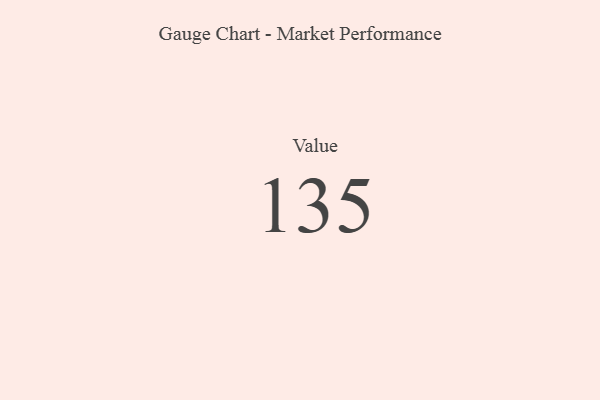
{"axis": {"x": "Metric", "y": "Value"}, "legend": [""], "data": [{"x": "Value", "y": 135, "type": ""}]}